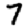
Digit: 7